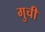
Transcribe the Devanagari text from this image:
गुची